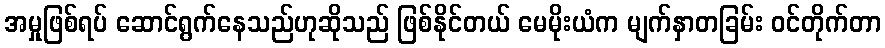
အမှုဖြစ်ရပ် ဆောင်ရွက်နေသည်ဟုဆိုသည် ဖြစ်နိုင်တယ် မေမိုးယံက မျက်နှာတခြမ်း ဝင်တိုက်တာ